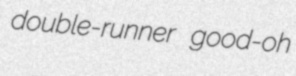
double-runner good-oh